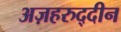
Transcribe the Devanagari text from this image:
अज़हरुद्दीन